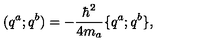
( q ^ { a } ; q ^ { b } ) = - { \frac { \hbar ^ { 2 } } { 4 m _ { a } } } \{ q ^ { a } ; q ^ { b } \} ,